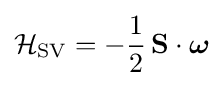
{\mathcal {H}}_{\rm {SV}}=-{\frac {1}{2}}\,\mathbf {S} \cdot {\boldsymbol {\omega }}